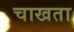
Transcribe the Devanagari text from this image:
चाखता